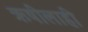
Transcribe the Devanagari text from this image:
ऋषीलाही